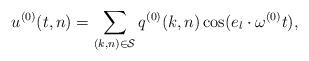
LaTeX: \begin{align*}u^{(0)}(t, n)=\sum_{(k,n)\in\mathcal{S}}q^{(0)}(k,n)\cos(e_l\cdot\omega^{(0)}t),\end{align*}